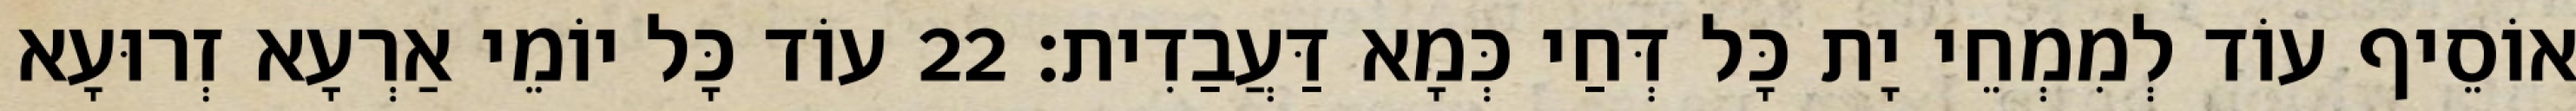
אוֹסֵיף עוֹד לְמִמְחֵי יָת כָּל דְּחַי כְּמָא דַּעֲבַדִית׃ 22 עוֹד כָּל יוֹמֵי אַרְעָא זְרוּעָא